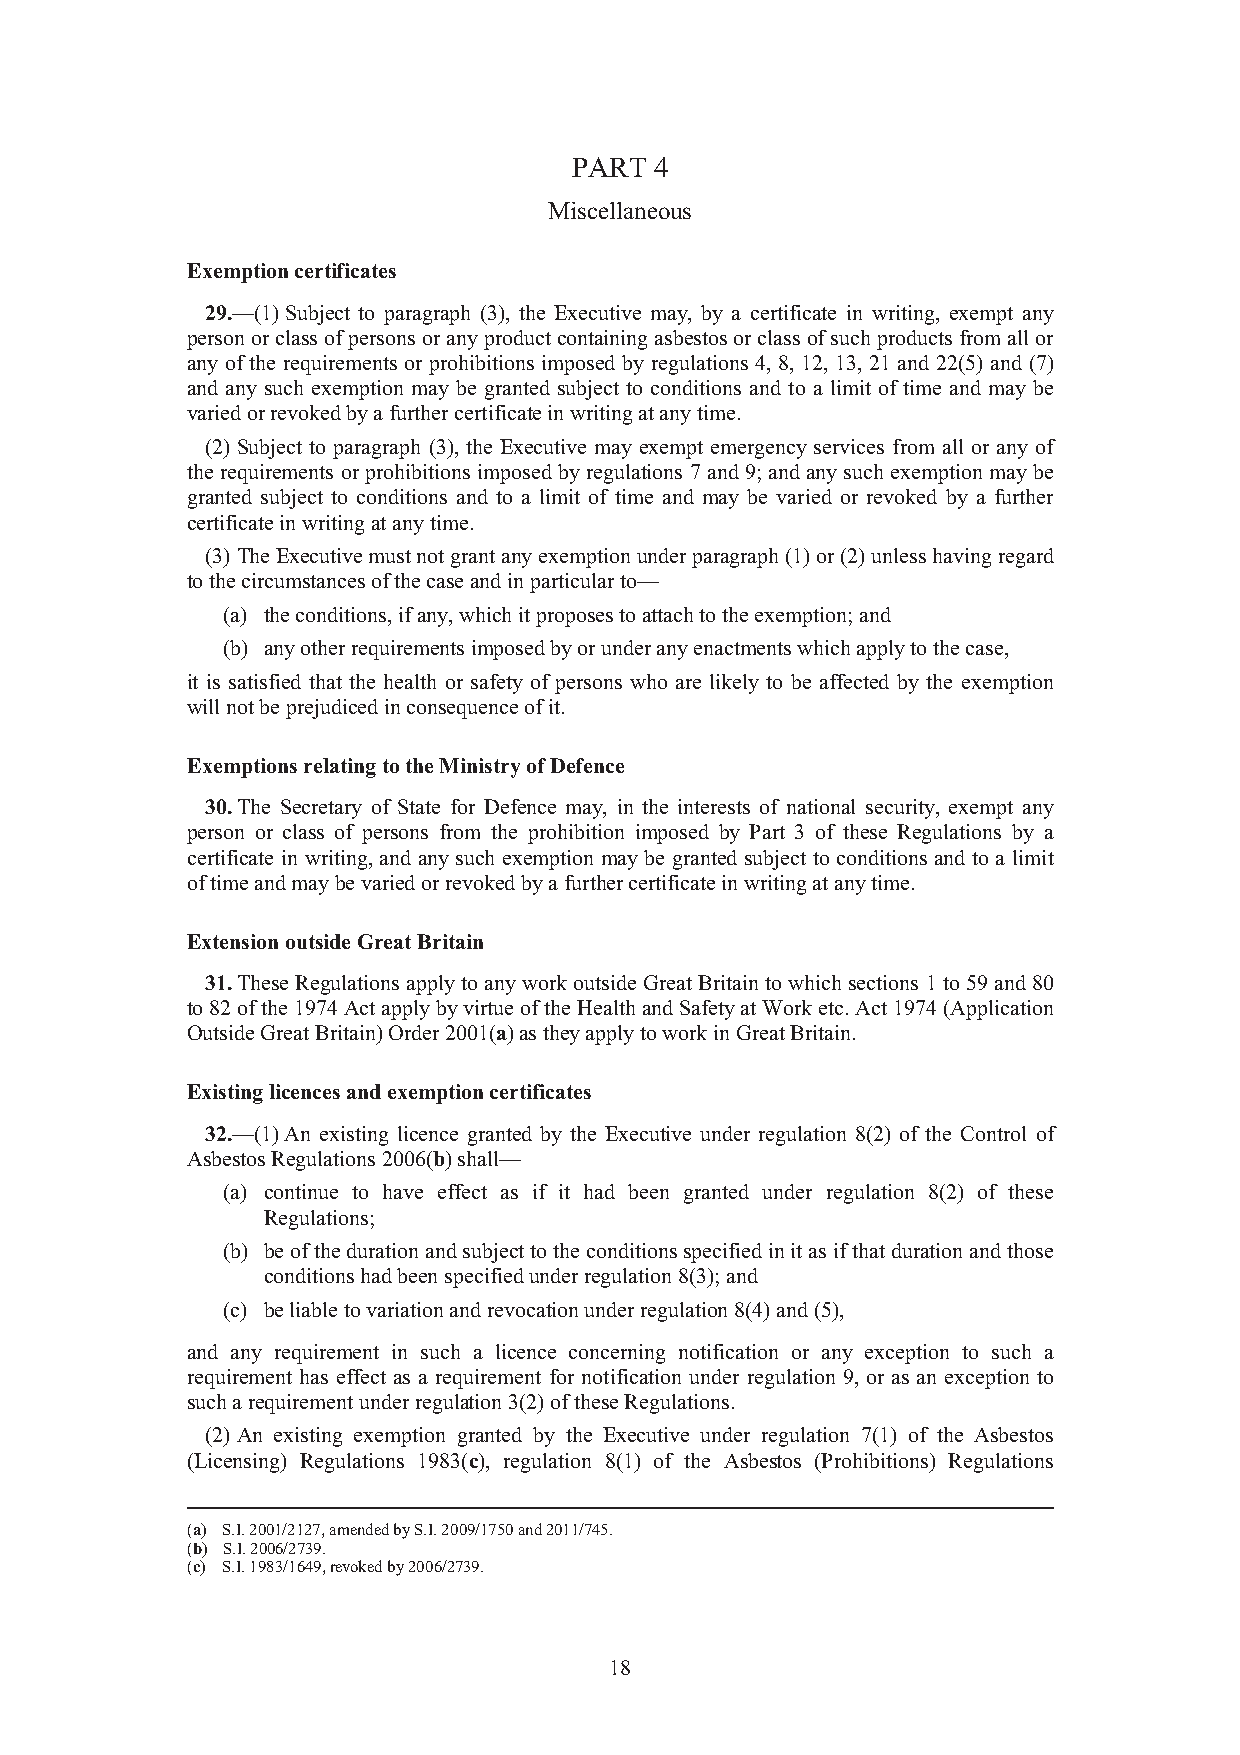
PART 4
 Miscellaneous
 Exemption certificates
 29.—(1) Subject to paragraph (3), the Executive may, by a certificate in writing, exempt any
 person or class of persons or any product containing asbestos or class of such products from all or
 any of the requirements or prohibitions imposed by regulations 4, 8, 12, 13, 21 and 22(5) and (7)
 and any such exemption may be granted subject to conditions and to a limit of time and may be
 varied or revoked by a further certificate in writing at any time.
 (2) Subject to paragraph (3), the Executive may exempt emergency services from all or any of
 the requirements or prohibitions imposed by regulations 7 and 9; and any such exemption may be
 granted subject to conditions and to a limit of time and may be varied or revoked by a further
 certificate in writing at any time.
 (3) The Executive must not grant any exemption under paragraph (1) or (2) unless having regard
 to the circumstances of the case and in particular to—
 (a) the conditions, if any, which it proposes to attach to the exemption; and
 (b) any other requirements imposed by or under any enactments which apply to the case,
 it is satisfied that the health or safety of persons who are likely to be affected by the exemption
 will not be prejudiced in consequence of it.
 Exemptions relating to the Ministry of Defence
 30. The Secretary of State for Defence may, in the interests of national security, exempt any
 person or class of persons from the prohibition imposed by Part 3 of these Regulations by a
 certificate in writing, and any such exemption may be granted subject to conditions and to a limit
 of time and may be varied or revoked by a further certificate in writing at any time.
 Extension outside Great Britain
 31. These Regulations apply to any work outside Great Britain to which sections 1 to 59 and 80
 to 82 of the 1974 Act apply by virtue of the Health and Safety at Work etc. Act 1974 (Application
 Outside Great Britain) Order 2001(a) as they apply to work in Great Britain.
 Existing licences and exemption certificates
 32.—(1) An existing licence granted by the Executive under regulation 8(2) of the Control of
 Asbestos Regulations 2006(b) shall—
 (a) continue to have effect as if it had been granted under regulation 8(2) of these
 Regulations;
 (b) be of the duration and subject to the conditions specified in it as if that duration and those
 conditions had been specified under regulation 8(3); and
 (c) be liable to variation and revocation under regulation 8(4) and (5),
 and any requirement in such a licence concerning notification or any exception to such a
 requirement has effect as a requirement for notification under regulation 9, or as an exception to
 such a requirement under regulation 3(2) of these Regulations.
 (2) An existing exemption granted by the Executive under regulation 7(1) of the Asbestos
 (Licensing) Regulations 1983(c), regulation 8(1) of the Asbestos (Prohibitions) Regulations
 (a) S.I. 2001/2127, amended by S.I. 2009/1750 and 2011/745.
 (b) S.I. 2006/2739.
 (c) S.I. 1983/1649, revoked by 2006/2739.
 18